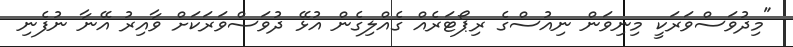
"މިދުވަސްވަރަކީ މިނިވަން ނިއުސްގެ ރިޕޯޓަރެއް ގެއްލިގެން އުޅޭ ދުވަސްވަރަކަށް ވާއިރު އޭނާ ނުފެނި